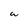
Character: W